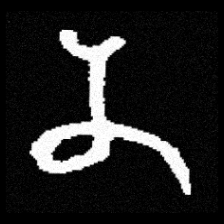
Pyu character \u2014 Myanmar letter: န (romanized: na)